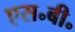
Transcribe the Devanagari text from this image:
एस॰बी॰